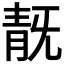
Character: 𩇗